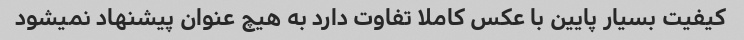
کیفیت بسیار پایین با عکس کاملا تفاوت دارد به هیچ عنوان پیشنهاد نمیشود